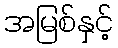
အမြစ်နှင့်